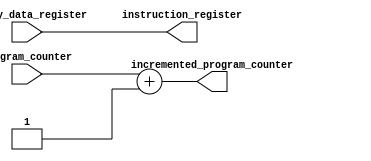
module instruction_fetch (
				instruction_register,
				memory_data_register,
				program_counter,
				incremented_program_counter
			);

input [15:0] memory_data_register;
input [7:0] program_counter;
output [15:0] instruction_register;
output [7:0] incremented_program_counter;

reg [15:0] instruction_register;
reg [7:0] incremented_program_counter;

always @(*)
begin
	instruction_register <= memory_data_register;
	incremented_program_counter <= program_counter + 1;
end
endmodule